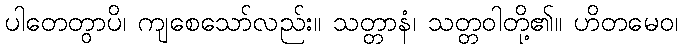
ပါတေတွာပိ၊ ကျစေသော်လည်း။ သတ္တာနံ၊ သတ္တဝါတို့၏။ ဟိတမေဝ၊